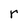
Character: r